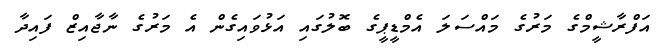
އަފްރާޝީމްގެ މަރުގެ މައްސަލަ އެމްޑީޕީގެ ބޮލުގައި އަޅުވައިގެން އެ މަރުގެ ނާޖާއިޒް ފައިދާ